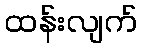
ထန်းလျက်